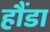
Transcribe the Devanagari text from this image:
हौंडा